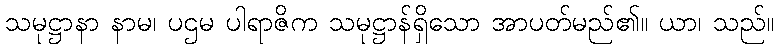
သမုဋ္ဌာနာ နာမ၊ ပဌမ ပါရာဇိက သမုဋ္ဌာန်ရှိသော အာပတ်မည်၏။ ယာ၊ သည်။